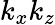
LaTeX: k_{x}k_{z}